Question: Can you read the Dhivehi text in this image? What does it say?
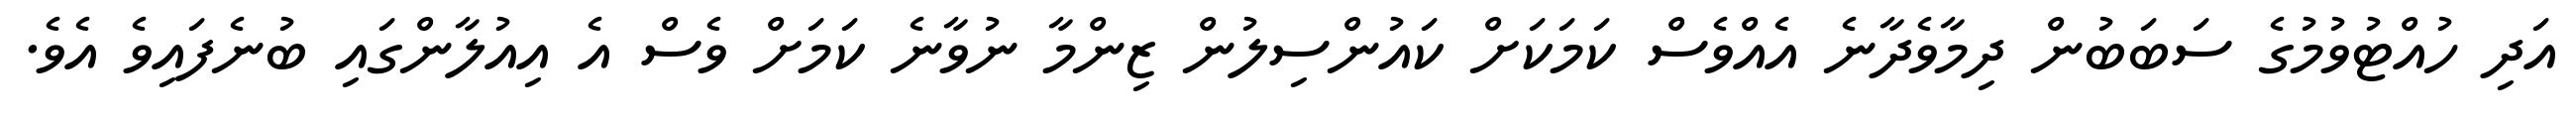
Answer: އަދި ހުއްޓުވުމުގެ ސަބަބުން ދިމާވެދާނެ އެއްވެސް ކަމަކަށް ކައުންސިލުން ޒިންމާ ނުވާނެ ކަމަށް ވެސް އެ އިއުލާންގައި ބުނެފައިވެ އެވެ.